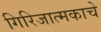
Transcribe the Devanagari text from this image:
गिरिजात्मकाचे